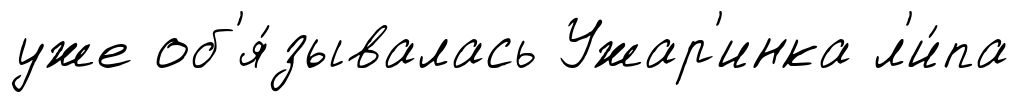
уже об'я́зывалась Ужар'инка л'и́па